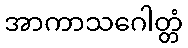
အာကာသဂေါတ္တံ